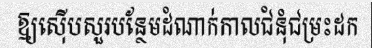
ឱ្យស៊ើបសួរបន្ថែមដំណាក់កាលជំនុំជម្រះដក